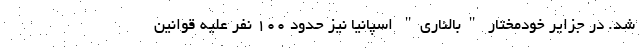
شد. در جزایر خودمختار "بالئاری" اسپانیا نیز حدود 100 نفر علیه قوانین